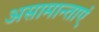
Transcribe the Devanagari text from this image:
असामान्ताएं